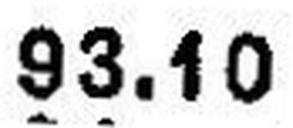
93.10